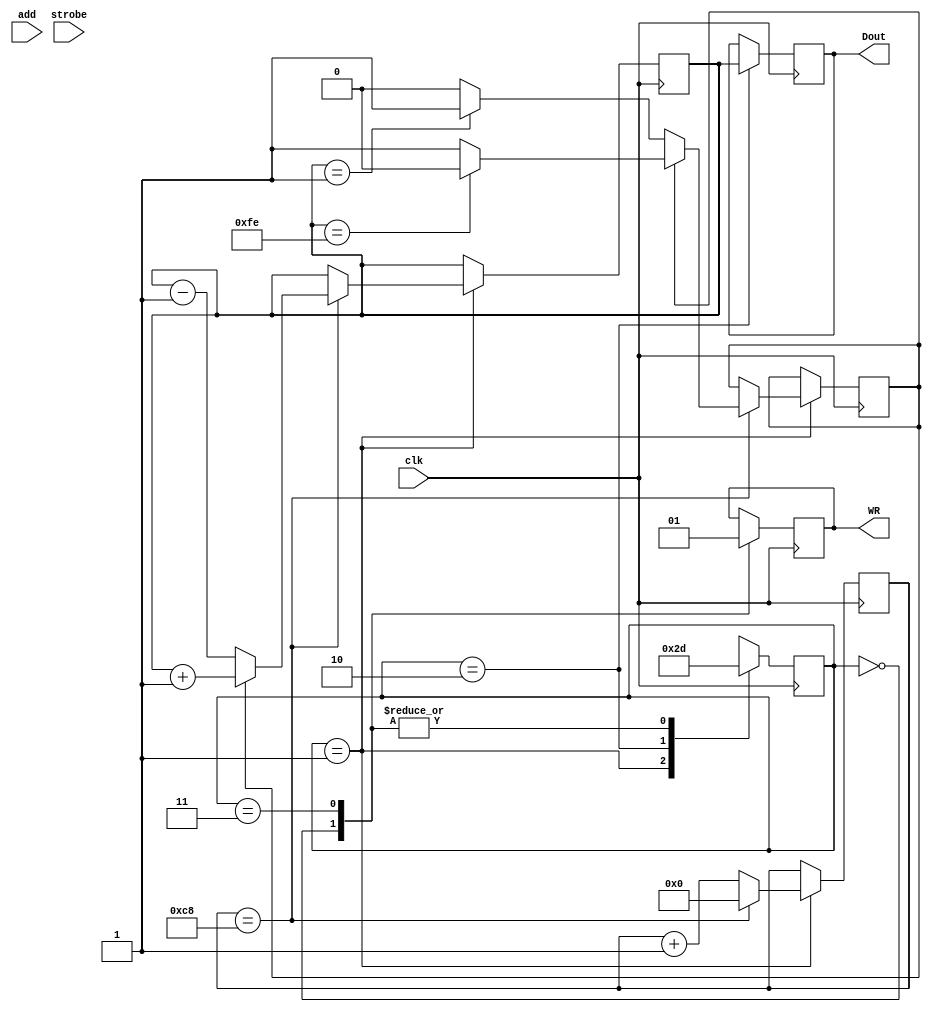
// DAC that outputs a triangle wave

/***************************************************************/
/*  Triangle DAC verilog												               */
/*  Sahil Bissessur, Vincent "Styxx" Chang, Enrique Gutierrez  */
/*  Given address 0x10dXXX, latch D7-D0 to output (DAC chip)   */
/***************************************************************/


module DAC(add, clk, strobe, WR, Dout);

	input wire [11:0] add;
	input wire clk;
	input wire strobe;
  
	output reg WR;			//Equiv of ready?
	output reg [7:0] Dout;

	reg [7:0] Din = 8'b00000000;
	reg up = 1;
	reg [31:0] counter = 0;

	parameter starting =	2'b00;
	parameter pre_latch =	2'b01;
	parameter latch =	2'b10;
	parameter post_latch =	2'b11;

	reg [1:0] state = pre_latch;
	
	// Process: Address valid --> WR low --> Data valid
	
	always @ (negedge clk) begin
	
		case (state)
			// Starting idle state
			// Checks for address 0x10d and sends to pre-latch if found.
			// CURRENTLY UNUSED
			starting:
				begin
					// Output
					//Dout <= 7'bz;
					
					// Next State
					//if((add[11:0] == 12'h10d) && (~strobe)) begin
						state <= pre_latch;
						WR <= 1'b0;
					//end
						
				end
			
			// Pre-latch state
			pre_latch:
				begin
					// Output
					if (counter == 200) begin					// Smaller counter = higher frequency
						counter <= 0;
						if (up == 1) begin
							Din <= Din + 1;
							if (Din == 8'b11111110) begin
								up <= 0;
							end
						end
						else begin
							Din <= Din - 1;
							if (Din == 8'b00000001)	begin
								up <= 1;
							end
						end
						
					end
					else begin
						counter <= counter + 1;
					end

				
					// Next State
					state <= latch;
					
				end
		
			// Latch State
			// Latches the value of Din to Dout
			latch:
				begin
					// Output
					Dout <= Din;
					
					// Next State
					state <= post_latch;
				end
			
			// Post-Latch State
			// Sets WR back to 1 before going back to idle.
			post_latch:
				begin
					// Output
					WR <= 1'b1;
					
					// Next State
					state <= pre_latch;
				
				end
				
		endcase
	
	end
	
endmodule